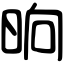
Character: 晌